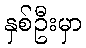
နှစ်ဦးမှာ